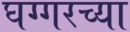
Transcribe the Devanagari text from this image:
घग्गरच्या